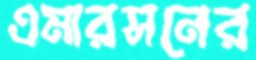
এমারসনের